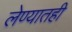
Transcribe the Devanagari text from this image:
लेण्यातही